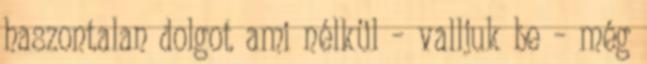
haszontalan dolgot ami nélkül – valljuk be – még